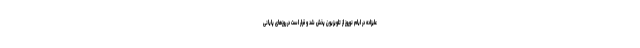
علیزاده در ایام نوروز از تلویزیون پخش شد و قرار است در روزهای پایانی